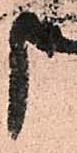
申